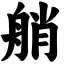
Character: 艄